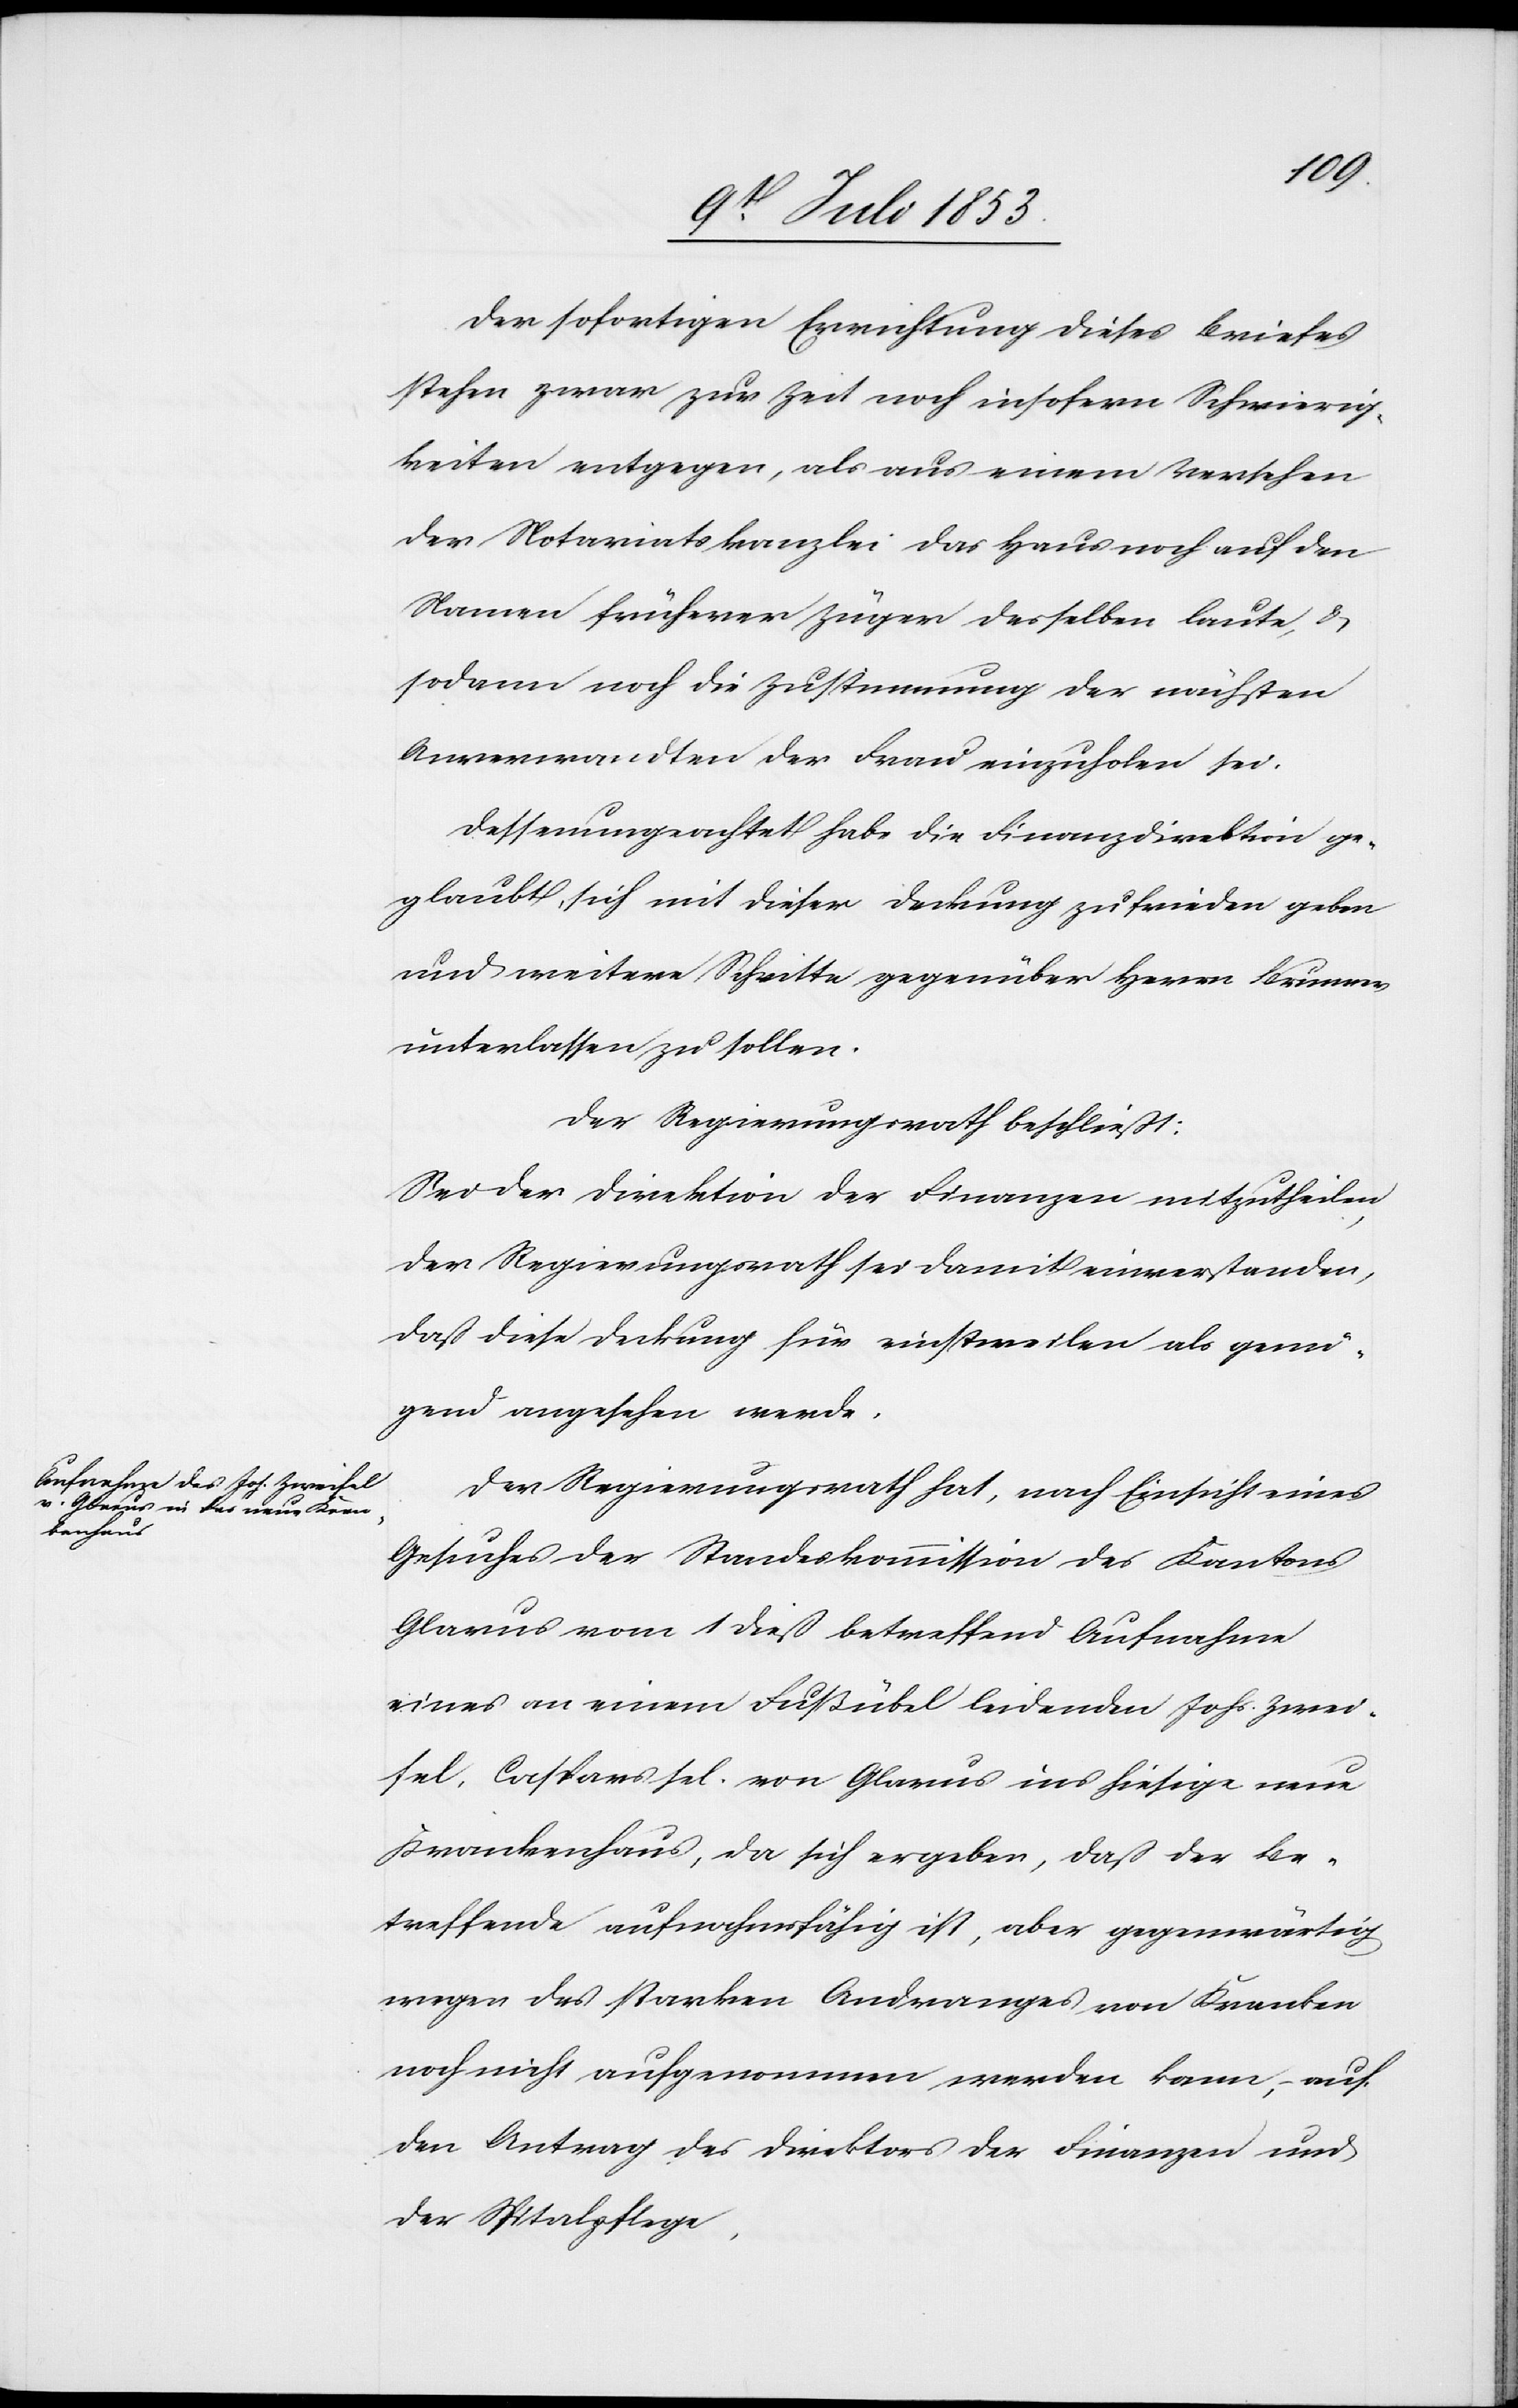
sei.
Der sofortigen Errichtung dieses Briefes
stehen zwar zur Zeit noch insofern Schwierig¬
keiten entgegen, als aus einem Versehen
der Notariatskanzlei das Haus noch auf den
Namen früherer Züger desselben laute, u.
sodann noch die Zustimmung der Frau ein¬
Dessenungeachtet habe die Finanzdirektion ge¬
glaubt, sich mit dieser Deckung zufrieden geben
und weitere Schritte gegenüber Herrn Brunner
unterlassen zu sollen.
Der Regierungsrath beschließt:
Sei der Direktion der Finanzen mitzutheilen
der Regierungsrath sei damit einverstanden,
daß diese Deckung für einstweilen als genü¬
gend angesehen werde.
Der Regierungsrath hat, nach Einsicht eines
Gesuches der Standeskommission des Kantons
Glarus vom 1 dieß betreffend Aufnahme
eines an einem Fußübel leidenden Johs. Zwei¬
fel, Caspars sel. von Glarus ins hiesige neue
Krankenhaus, da sich ergeben, daß der Be¬
treffende aufnahmsfähig ist, aber gegenwärtig
wegen des starken Andranges von Kranken
noch nicht aufgenommen werden kann, – auf
den Antrag des Direktors der Finanzen und
der Spitalpflege.